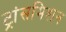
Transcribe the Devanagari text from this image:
ट्रांसमिशन